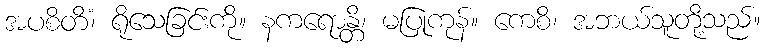
အပစိတိံ၊ ရိုသေခြင်းကို။ နကရောန္တိ၊ မပြုကုန်။ ကေစိ၊ အဘယ်သူတို့သည်။